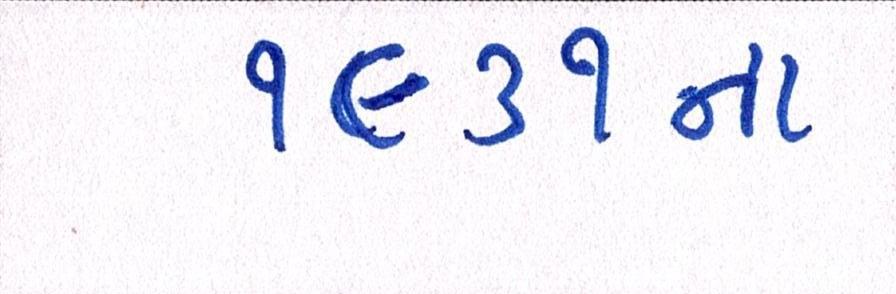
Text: ૧૯૩૧ના